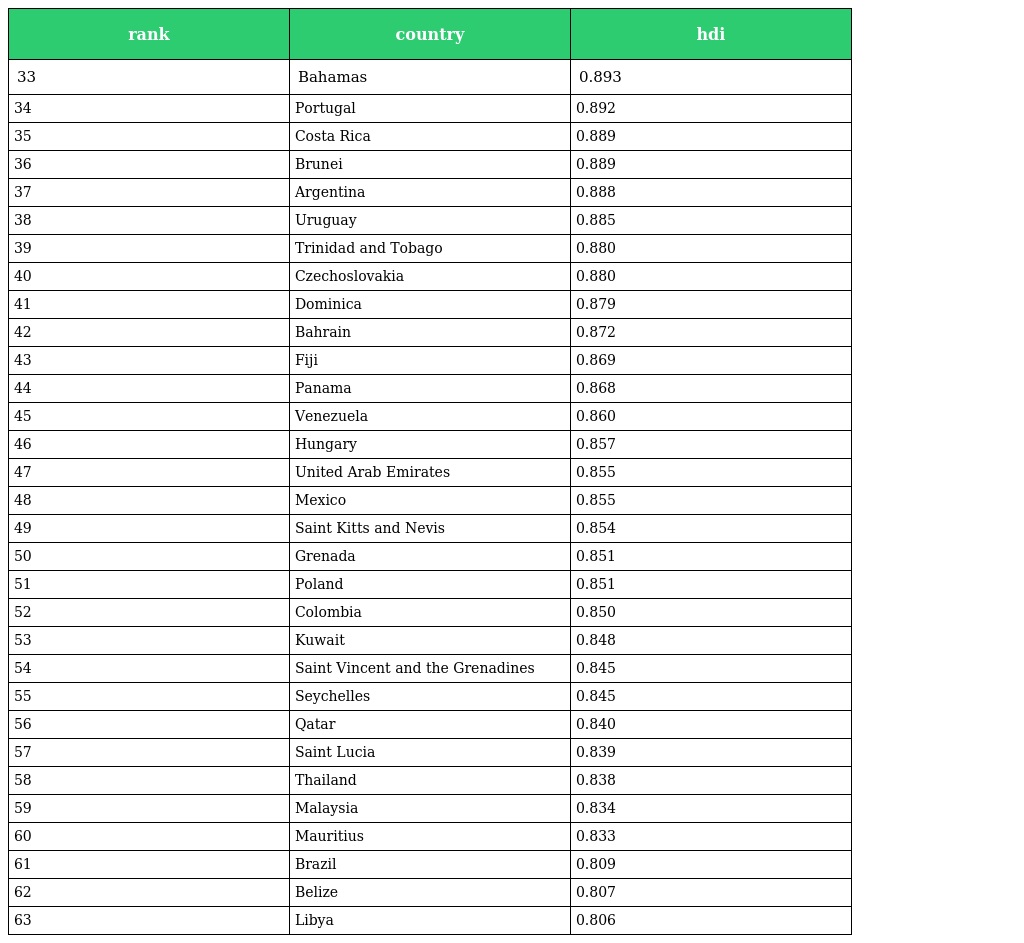
| rank | country | hdi |
 | --- | --- | --- |
 | 33 | Bahamas | 0.893 |
 | 34 | Portugal | 0.892 |
 | 35 | Costa Rica | 0.889 |
 | 36 | Brunei | 0.889 |
 | 37 | Argentina | 0.888 |
 | 38 | Uruguay | 0.885 |
 | 39 | Trinidad and Tobago | 0.880 |
 | 40 | Czechoslovakia | 0.880 |
 | 41 | Dominica | 0.879 |
 | 42 | Bahrain | 0.872 |
 | 43 | Fiji | 0.869 |
 | 44 | Panama | 0.868 |
 | 45 | Venezuela | 0.860 |
 | 46 | Hungary | 0.857 |
 | 47 | United Arab Emirates | 0.855 |
 | 48 | Mexico | 0.855 |
 | 49 | Saint Kitts and Nevis | 0.854 |
 | 50 | Grenada | 0.851 |
 | 51 | Poland | 0.851 |
 | 52 | Colombia | 0.850 |
 | 53 | Kuwait | 0.848 |
 | 54 | Saint Vincent and the Grenadines | 0.845 |
 | 55 | Seychelles | 0.845 |
 | 56 | Qatar | 0.840 |
 | 57 | Saint Lucia | 0.839 |
 | 58 | Thailand | 0.838 |
 | 59 | Malaysia | 0.834 |
 | 60 | Mauritius | 0.833 |
 | 61 | Brazil | 0.809 |
 | 62 | Belize | 0.807 |
 | 63 | Libya | 0.806 |